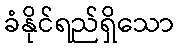
ခံနိုင်ရည်ရှိသော